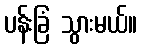
ပန်းခြံ သွားမယ်။